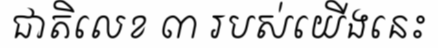
ជាតិលេខ ៣ របស់យើងនេះ